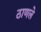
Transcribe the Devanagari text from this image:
ठाणले